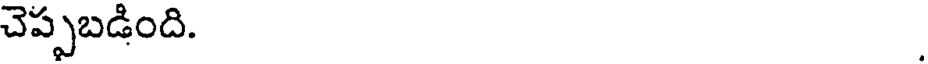
చెప్పబడింది.